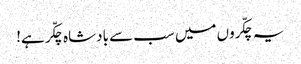
یہ چکّروں میں سب سے بادشاہ چکّر ہے!